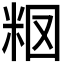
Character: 𥹉